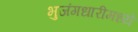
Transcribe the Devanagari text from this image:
भुजंगधारीमध्ये